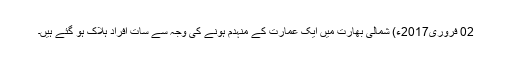
02 فروری2017ء) شمالی بھارت میں ایک عمارت کے منہدم ہونے کی وجہ سے سات افراد ہلاک ہو گئے ہیں۔